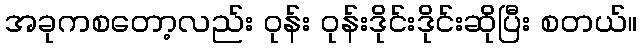
အခုကစတော့လည်း ဝုန်း ဝုန်းဒိုင်းဒိုင်းဆိုပြီး စတယ်။